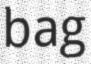
bag